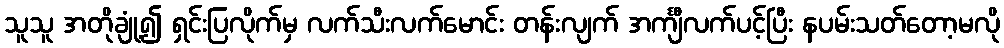
သူသူ အတိုချုံ့၍ ရှင်းပြလိုက်မှ လက်သီးလက်မောင်း တန်းလျက် အင်္ကျီလက်ပင့်ပြီး နပမ်းသတ်တော့မလို